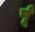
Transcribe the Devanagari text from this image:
र्पू